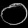
Digit: ၀